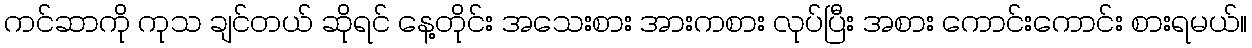
ကင်ဆာကို ကုသ ချင်တယ် ဆိုရင် နေ့တိုင်း အသေးစား အားကစား လုပ်ပြီး အစား ကောင်းကောင်း စားရမယ်။